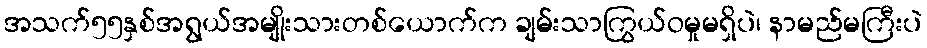
အသက်၅၅နှစ်အရွယ်အမျိုးသားတစ်ယောက်က ချမ်းသာကြွယ်ဝမှုမရှိပဲ၊ နာမည်မကြီးပဲ